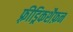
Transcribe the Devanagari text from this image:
फ़्रीड्रिकशैफ़न